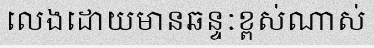
លេងដោយមានឆន្ទៈខ្ពស់ណាស់